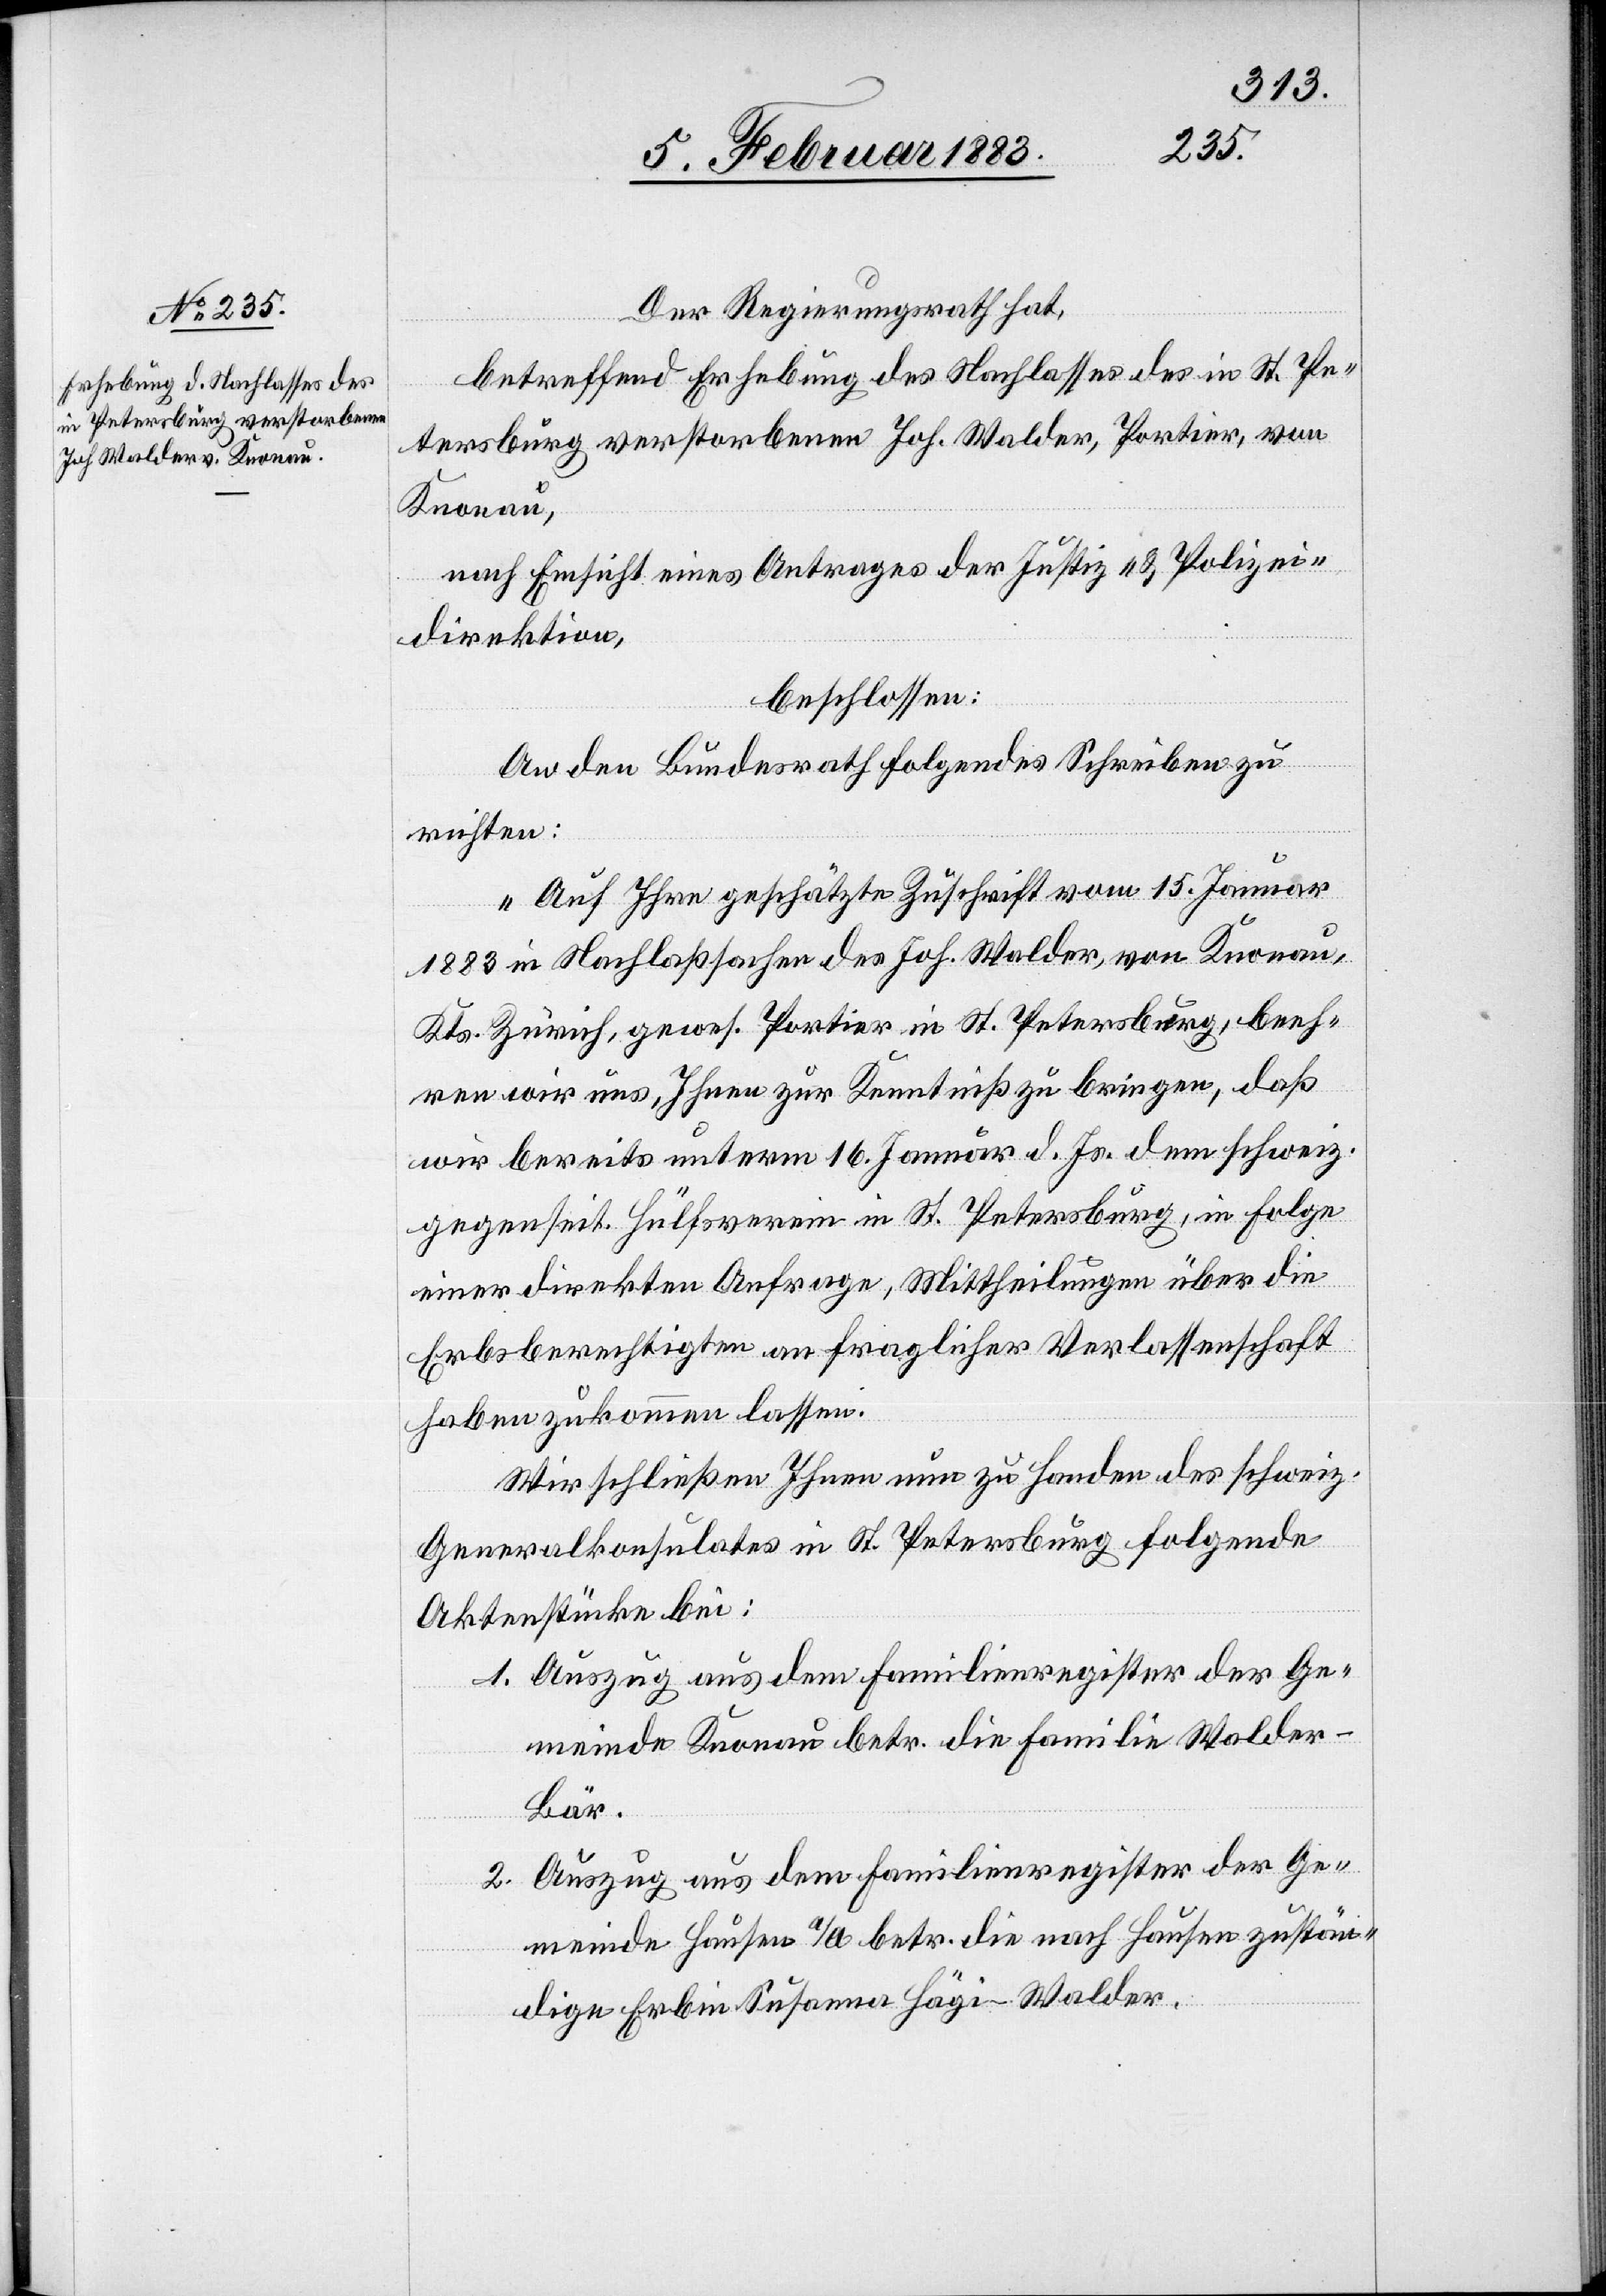
8. Februar 1883.]
Der Regierungsrath hat,
betreffend Erhebung des Nachlasses des in St. Pe¬
tersburg verstorbenen Joh. Walder, Portier, von
Knonau,
nach Einsicht eines Antrages der Justiz- & Polizei¬
direktion,
beschlossen:
An den Bundesrath folgendes Schreiben zu
richten:
„Auf Ihre geschätzte Zuschrift vom 15. Januar
1883 in Nachlaßsachen des Joh. Walder, von Knonau,
Kts. Zürich, gewes. Portier in St. Petersburg, beeh¬
ren wir uns, Ihnen zur Kenntniß zu bringen, daß
wir bereits unterm 16. Januar d. Js. dem schweiz.
gegenseit. Hülfsverein in St. Petersburg, in Folge
einer direkten Anfrage, Mittheilungen über die
Erbsberechtigten an fraglicher Verlassenschaft
haben zukommen lassen.
Wir schließen Ihnen nun zu Handen des schweiz.
Generalkonsulates in St. Petersburg folgende
Aktenstücke bei:
1. Auszug aus dem Familienregister der Ge¬
meinde Knonau betr. die Familie Walder-B¬
är.
2. Auszug aus dem Familienregister der Ge¬
meinde Hausen a/A betr. die nach Hausen zustän¬
dige Erbin Susanna Hägi-Walder.